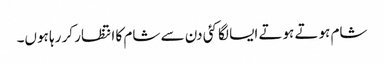
شام ہوتے ہوتے ایسا لگا کئی دن سے شام کا انتظار کر رہا ہوں۔